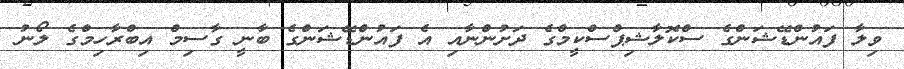
ވިލާ ފައުންޑޭޝަންގެ ސްކޮލާޝިޕްސްކީމްގެ ދަށުންނާއި އެ ފައުންޑޭޝަންގެ ބާނީ ގާސިމް އިބްރާހިމްގެ ލޯނު